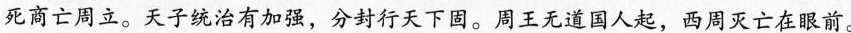
死商亡周立。天子统治有加强，分封行天下固。周王无道国人起，西周灭亡在眼前。